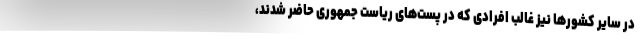
در سایر کشورها نیز غالب افرادی که در پست‌های ریاست جمهوری حاضر شدند،